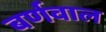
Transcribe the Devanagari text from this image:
बर्णवाल